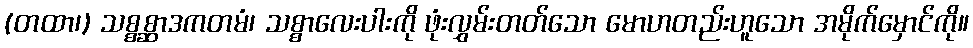
(တထာ၊) သစ္စစ္ဆာဒကတမံ၊ သစ္စာလေးပါးကို ဖုံးလွှမ်းတတ်သော မောဟတည်းဟူသော အမိုက်မှောင်ကို။